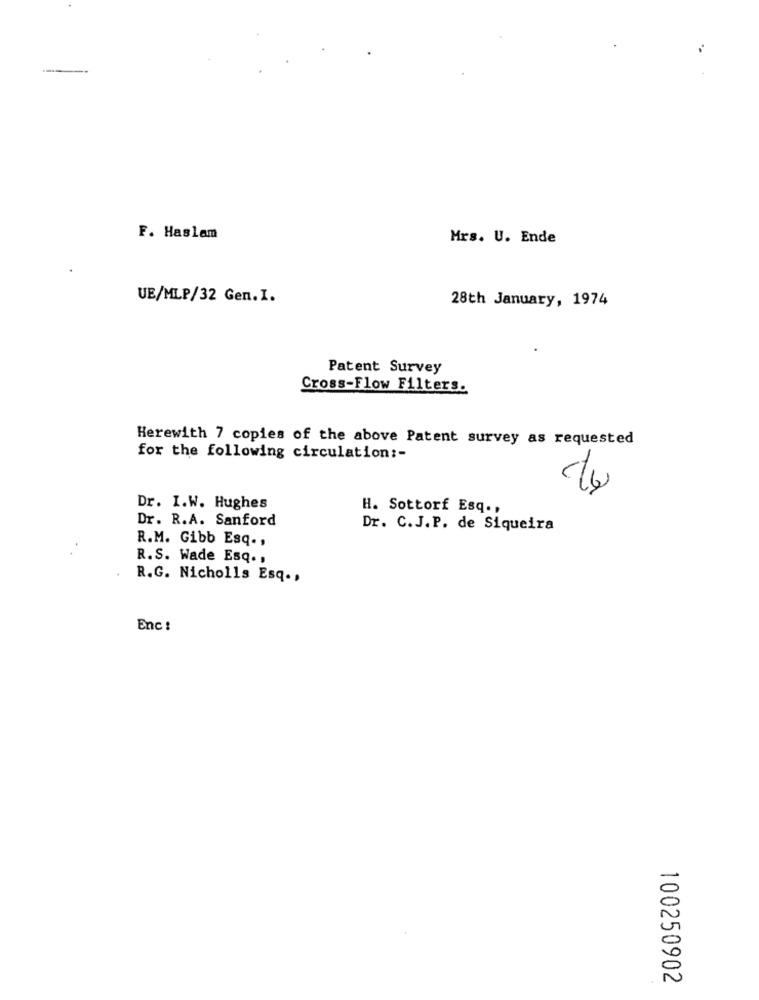
-
F. Haslam
Mrs. U. Ende
UE/MLP/32 Gen.I.
28th January, 1974
Patent Survey
Cross-Flow Filters.
Herewith 7 copies of the above Patent survey as requested
for the following circulation :-
19
Dr. I.W. Hughes
H. Sottorf Esq .,
Dr. R.A. Sanford
Dr. C.J.P. de Siqueira
R.M. Gibb Esq .,
R.S. Wade Esq. ,
R.G. Nicholls Esq .,
Enc !
100250902